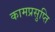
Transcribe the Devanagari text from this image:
कामप्रसुप्ति